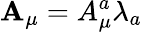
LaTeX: {\mathbf{A}}_{\mu}=A_{\mu}^{a}\lambda_{a}